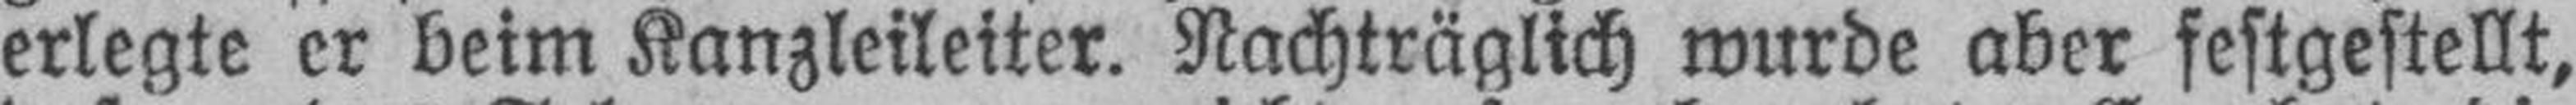
erlegte er beim Kanzleileiter. Nachträglich wurde aber festgestellt,